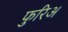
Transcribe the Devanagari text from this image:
फुरिअ